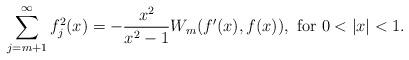
LaTeX: \begin{align*} \sum_{j=m+1}^{\infty}f_{j}^{2}(x)=-\frac{x^{2}}{x^{2}-1}W_{m}(f'(x),f(x)), \mbox{ for } 0<|x|<1. \end{align*}